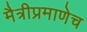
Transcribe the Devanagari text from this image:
मैत्रीप्रमाणेच